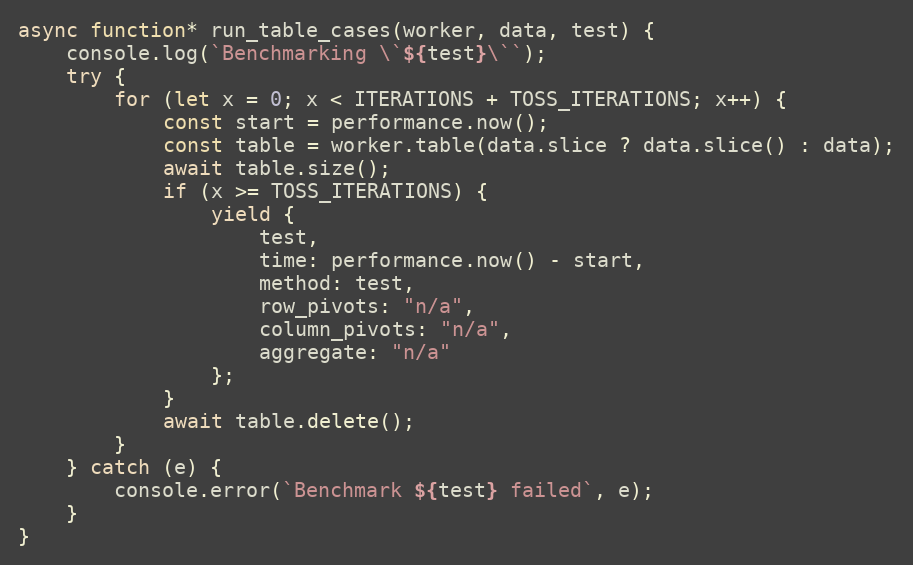
Language: JavaScript
async function* run_table_cases(worker, data, test) {
    console.log(`Benchmarking \`${test}\``);
    try {
        for (let x = 0; x < ITERATIONS + TOSS_ITERATIONS; x++) {
            const start = performance.now();
            const table = worker.table(data.slice ? data.slice() : data);
            await table.size();
            if (x >= TOSS_ITERATIONS) {
                yield {
                    test,
                    time: performance.now() - start,
                    method: test,
                    row_pivots: "n/a",
                    column_pivots: "n/a",
                    aggregate: "n/a"
                };
            }
            await table.delete();
        }
    } catch (e) {
        console.error(`Benchmark ${test} failed`, e);
    }
}